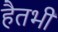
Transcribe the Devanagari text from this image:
हैतभी